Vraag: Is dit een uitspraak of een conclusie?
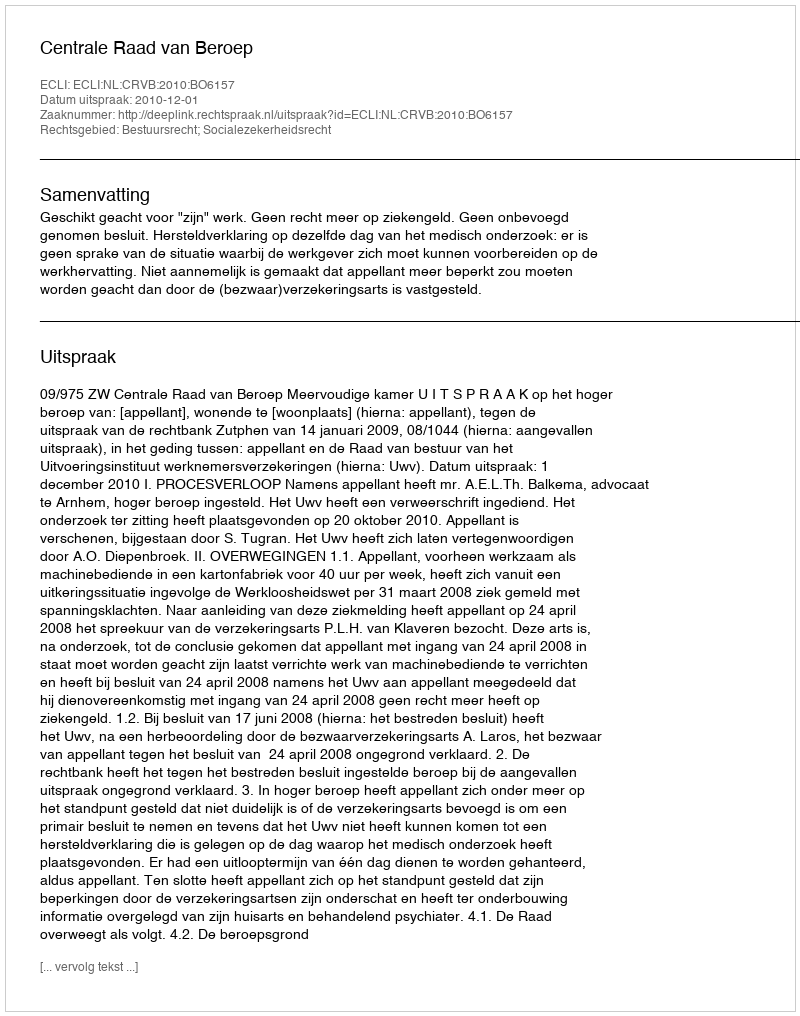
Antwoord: Uitspraak